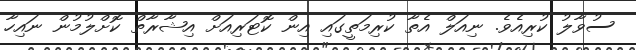
ސުވާލު ކުރިއެވެ. ނިއަލް އެތާ ކުރިމަތީގައި އިން ކޮޓަރިއަށް އިޝާރާތް ކޮށްލުމުން ނައިހާ